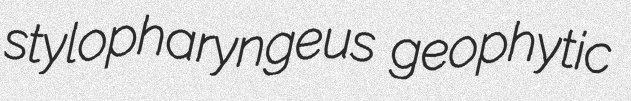
stylopharyngeus geophytic